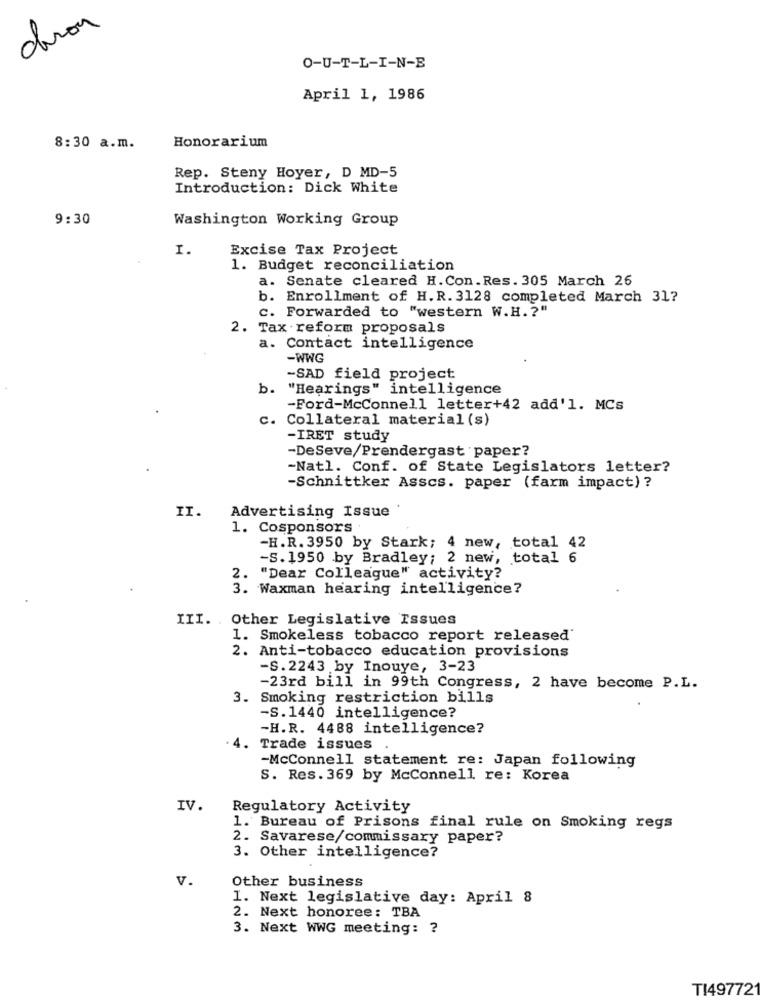
deron
O-U-T-L-I-N-B
April 1, 1986
8:30 a.m.
Honorarium
Rep. Steny Hoyer, D MD-5
Introduction: Dick White
9:30
Washington Working Group
I.
Excise Tax Project
1. Budget reconciliation
a. Senate cleared H.Con. Res. 305 March 26
b. Enrollment of H.R. 3128 completed March 31?
c. Forwarded to "western W.H. ? "
2. Tax reform proposals
a. Contact intelligence
-WWG
-SAD field project
b.
"Hearings" intelligence
-Ford-McConnell letter+42 add'l. MCs
. Collateral material (s)
-IRET study
-DeSeve/Prendergast paper?
-Natl. Conf. of State Legislators letter?
-Schnittker Asses. paper (farm impact) ?
II.
Advertising Issue
1. Cosponsors
-H.R. 3950 by Stark; 4 new, total 42
-s. 1950 by Bradley; 2 new, total 6
2. "Dear Colleague" activity?
3. Waxman hearing intelligence?
III. . Other Legislative Issues
1. Smokeless tobacco report released'
2. Anti-tobacco education provisions
-S.2243 by Inouye, 3-23
-23rd bill in 99th Congress, 2 have become P.L.
3. Smoking restriction bills
-S.1440 intelligence?
-H.R. 4488 intelligence?
. 4. Trade issues
-McConnell statement re: Japan following
S. Res. 369 by McConnell re: Korea
IV.
Regulatory Activity
1. Bureau of Prisons final rule on Smoking regs
2. Savarese/commissary paper?
3. Other intelligence?
V.
Other business
1. Next legislative day: April 8
2. Next honoree: TBA
3. Next WWG meeting: ?
TI49772